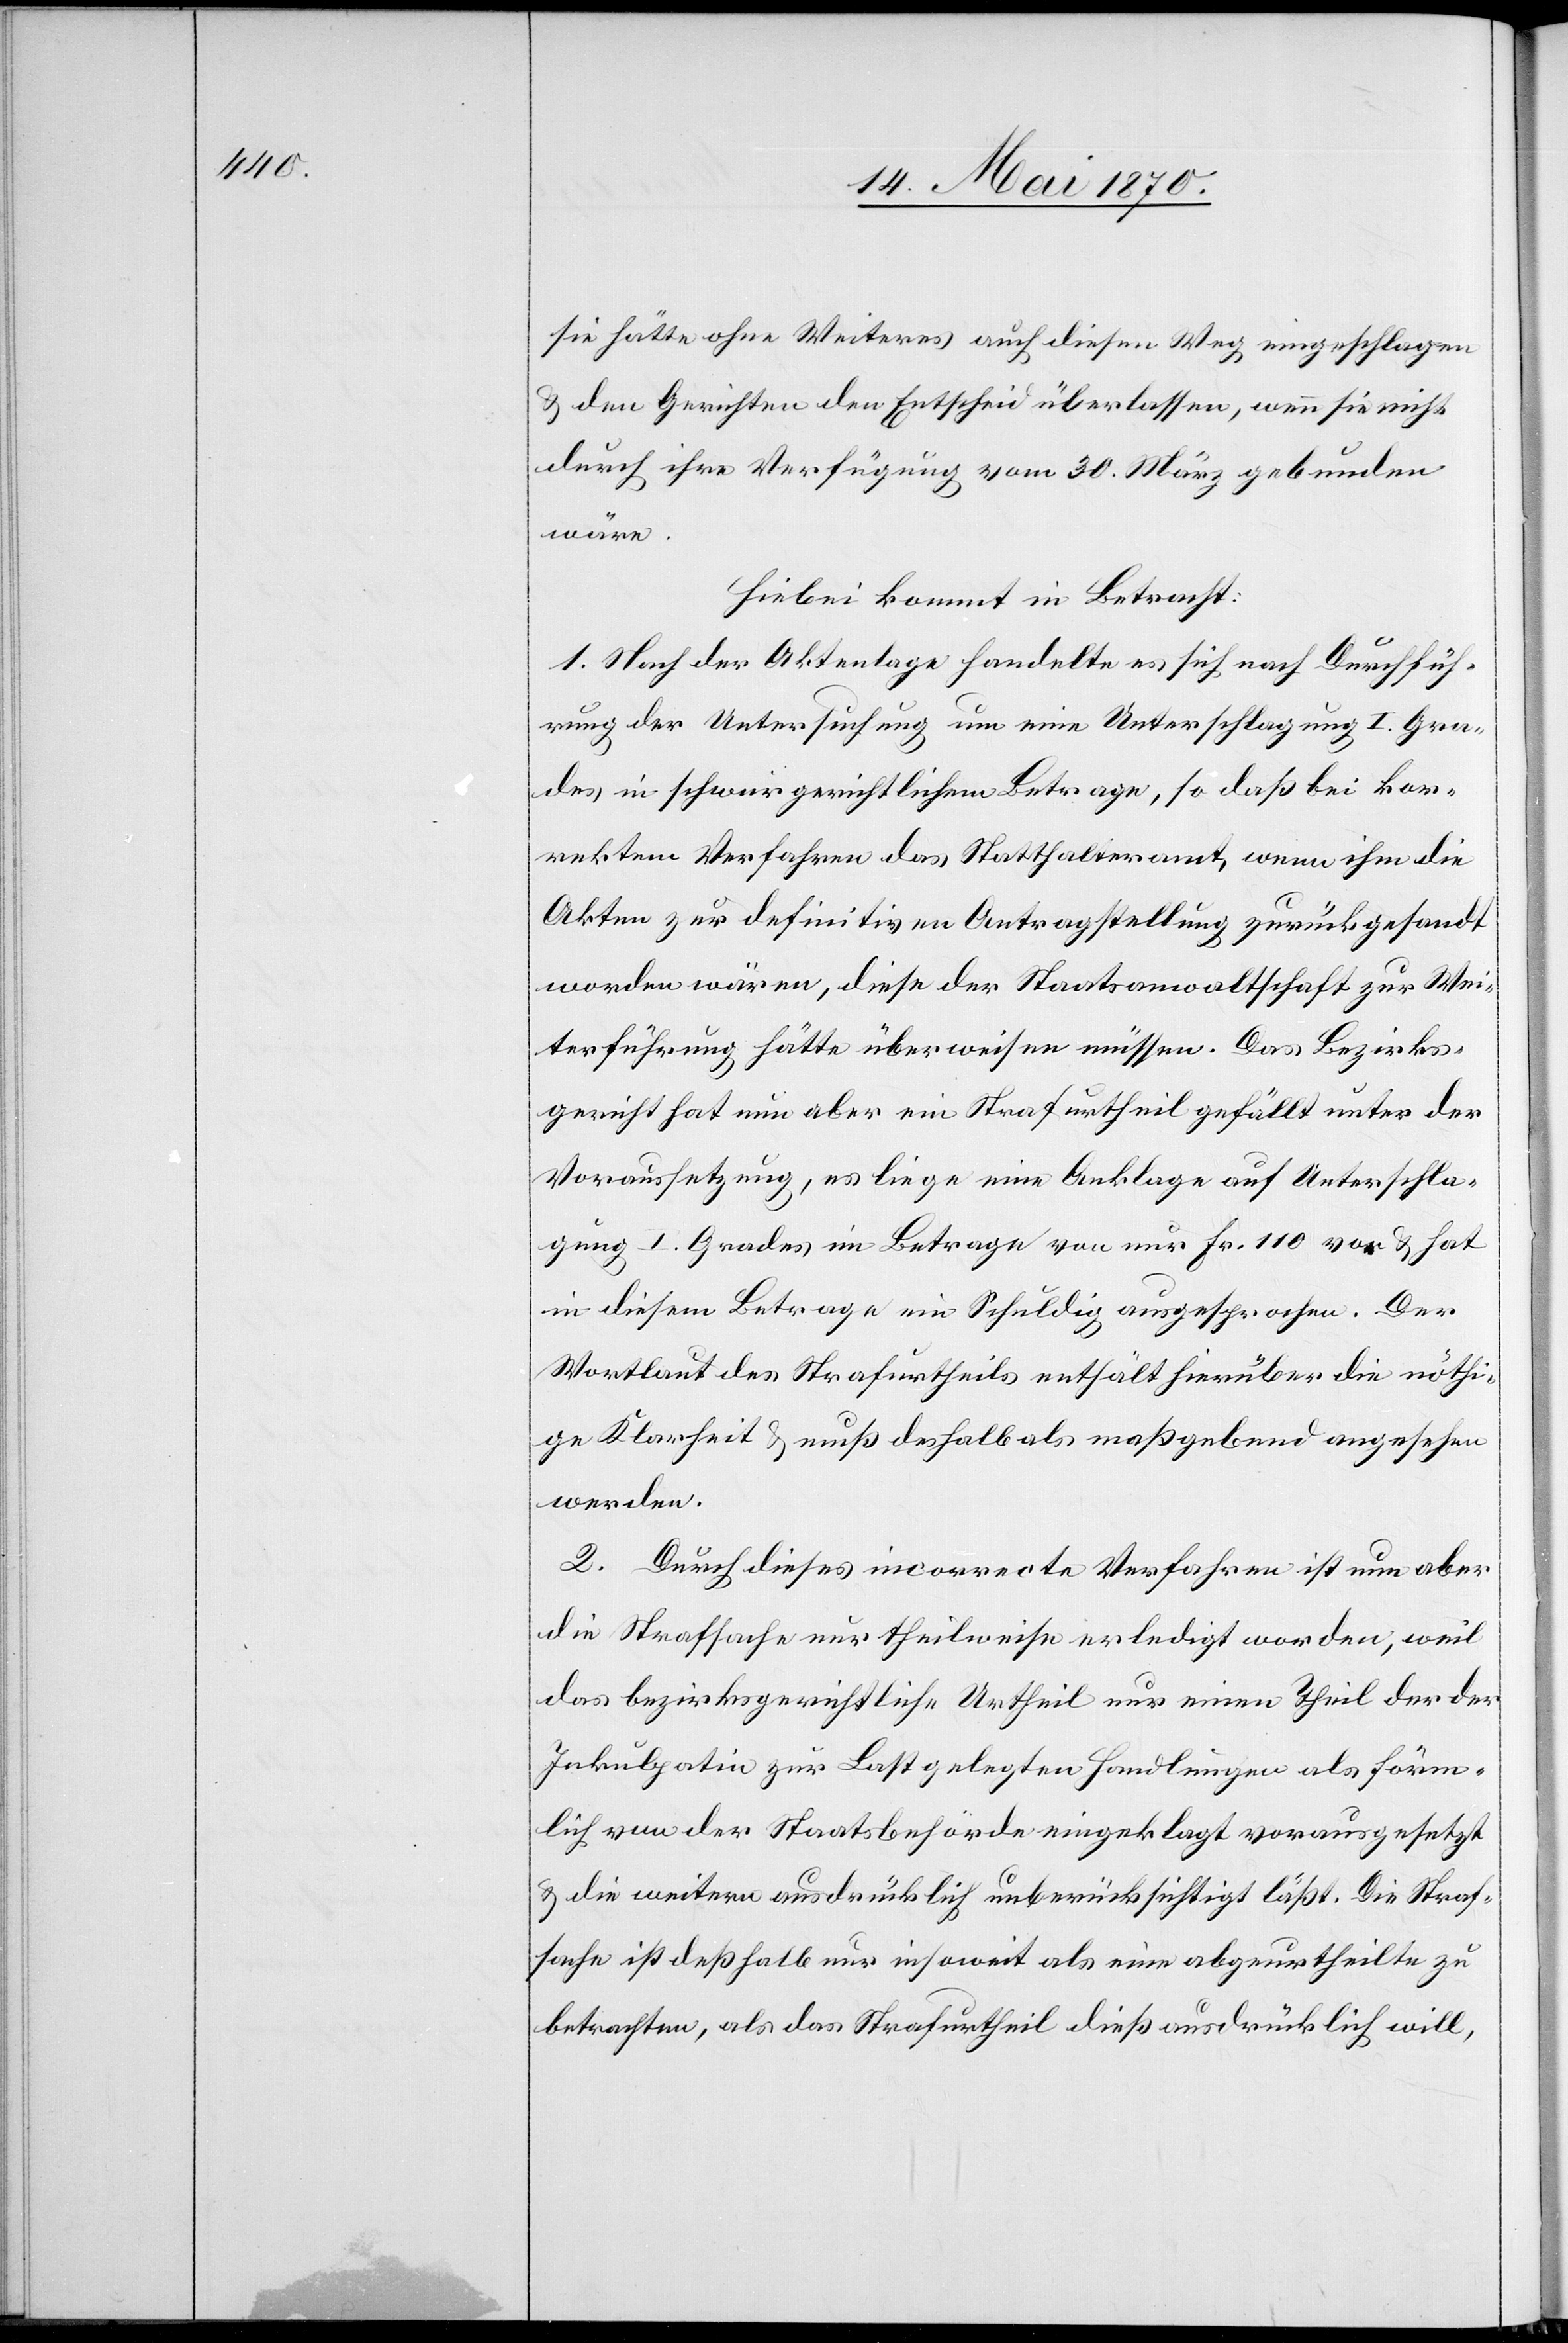
sie hätte ohne Weiteres auch diesen Weg einschlagen
& den Gerichten den Entscheid überlassen, wenn sie nicht
durch ihre Verfügung vom 30. März gebunden
wäre.
Hiebei kommt in Betracht:
1. Nach der Aktenlage handelte es sich nach Durchfüh¬
rung der Untersuchung um eine Unterschlagung I. Gra¬
des in schwurgerichtlichem Betrage, so daß bei kor¬
rektem Verfahren das Statthalteramt, wenn ihm die
Akten zur definitiven Antragstellung zurückgesandt
worden wären, diese der Staatsanwaltschaft zur Wei¬
terführung hätte überweisen müssen. Das Bezirks¬
gericht hat nun aber ein Strafurtheil gefällt unter der
Voraussetzung, es liege eine Anklage auf Unterschla¬
gung I. Grades im Betrage von nur Fr. 110 vor & hat
in diesem Betrage ein Schuldig ausgesprochen. Der
Wortlaut des Strafurtheils enthält hierüber die nöthi¬
ge Klarheit & muß deshalb als maßgebend angesehen
werden.
2. Durch dieses incorrecte Verfahren ist nun aber
die Strafsache nur theilweise erledigt worden, weil
das bezirksgerichtliche Urtheil nur einen Theil der der
Inkulpation zur Last gelegten Handlungen als förm¬
lich von der Staatsbehörde eingeklagt vorausgesetzt
& die weitern ausdrücklich unberücksichtigt läßt. Die Straf¬
sache ist deßhalb nur insoweit als eine abgeurtheilte zu
betrachten, als das Strafurtheil dieß ausdrücklich will,